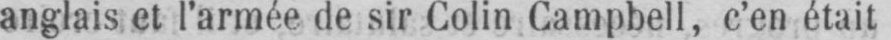
anglais et l’armée de sir Colin Campbell, c’en était